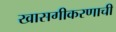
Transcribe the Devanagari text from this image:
खासगीकरणाची